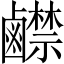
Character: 𪊅